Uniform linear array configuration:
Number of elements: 48
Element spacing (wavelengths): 0.75
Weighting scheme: exponential
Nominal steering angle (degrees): -15
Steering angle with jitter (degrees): -14.958
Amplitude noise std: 0.05
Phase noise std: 0.05

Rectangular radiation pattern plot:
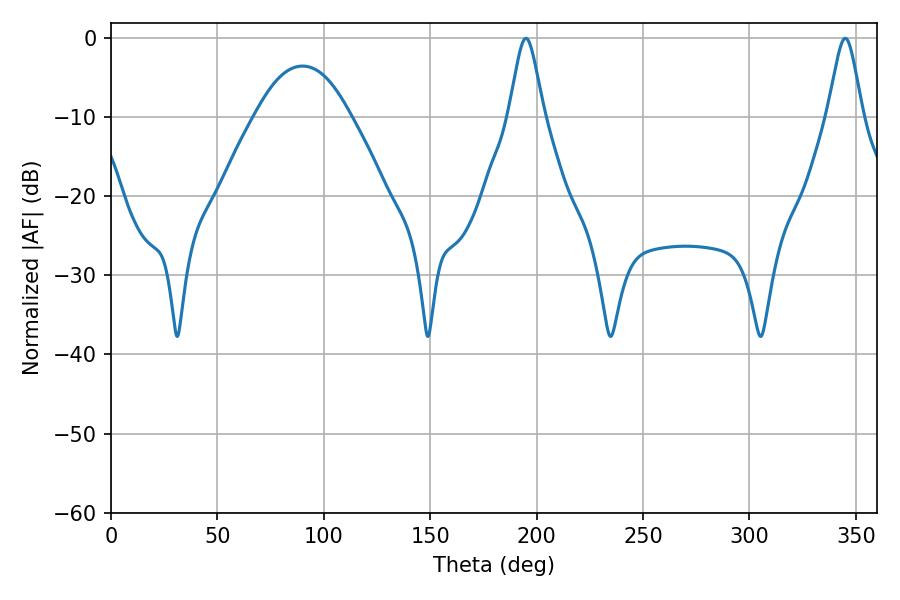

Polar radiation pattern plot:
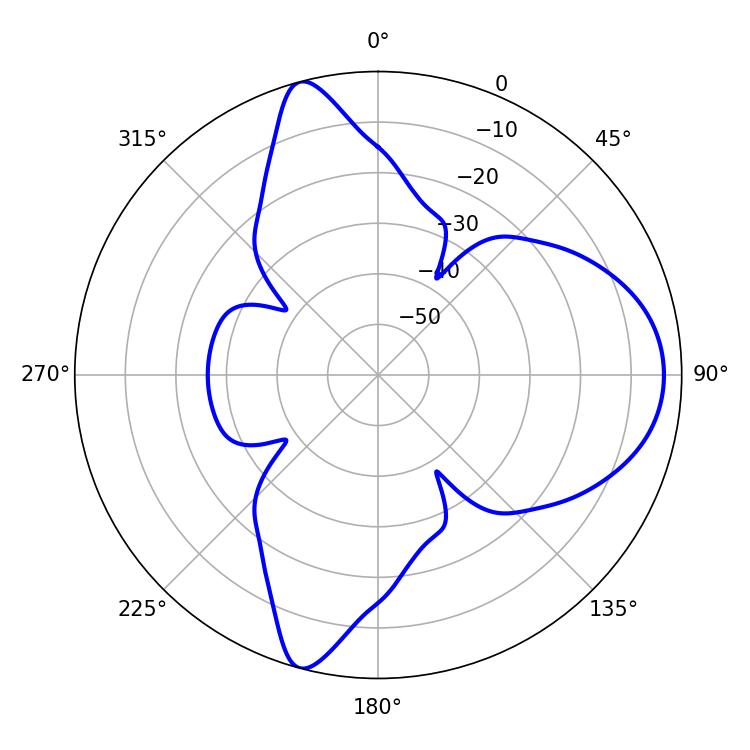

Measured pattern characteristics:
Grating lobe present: TRUE
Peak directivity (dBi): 10.755
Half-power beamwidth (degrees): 7.74
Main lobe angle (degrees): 194.94